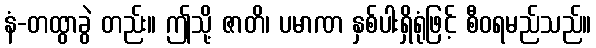
နံ-တထွာခွဲ တည်း။ ဤသို့ ဇာတိ၊ ပမာဏ နှစ်ပါးရှိရုံဖြင့် စီဝရမည်သည်။